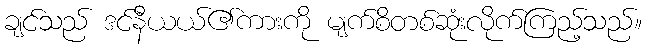
ချင်သည် ဒင်နီယယ်၏ကားကို မျက်စိတစ်ဆုံးလိုက်ကြည့်သည်။